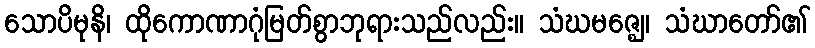
သောပိမုနိ၊ ထိုကောဏာဂုံမြတ်စွာဘုရားသည်လည်း။ သံဃမဇ္ဈေ၊ သံဃာတော်၏